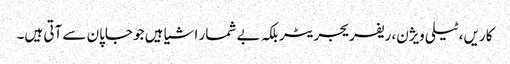
کاریں، ٹیلی ویژن، ریفریجریٹر بلکہ بے شمار اشیا ہیں جو جاپان سے آتی ہیں۔